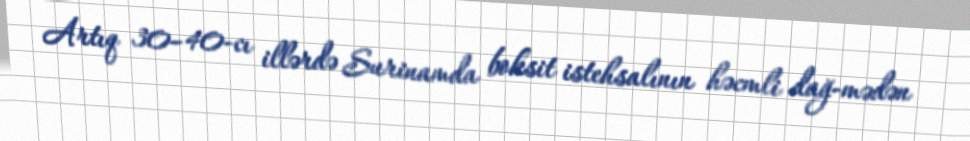
Artıq 30–40-cı illərdə Surinamda boksit istehsalının həcmli dağ-mədən